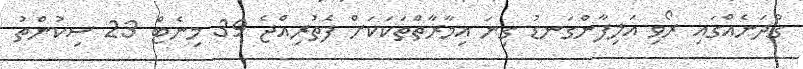
ގުދަނެއްގައި ރޯވި އަލިފާންގަނޑު ގިނަ އިމާރާތްތަކަކަށް ފެތުރިއްޖެ 39 މިނެޓް 23 ސިކުންތު